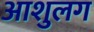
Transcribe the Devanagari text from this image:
आशुलग